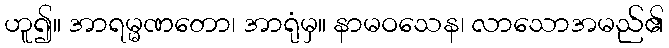
ဟူ၍။ အာရမ္မဏတော၊ အာရုံမှ။ နာမဝသေန၊ လာသောအမည်၏